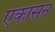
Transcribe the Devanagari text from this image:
एकासन